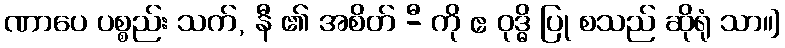
ဏာပေ ပစ္စည်း သက်, နီ ၏ အစိတ် -ီ ကို ဧ ဝုဒ္ဓိ ပြု စသည် ဆိုရုံ သာ။]